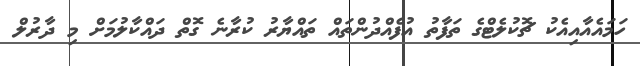
ހަމައެއާއިއެކު ޗޮކުލެޓްގެ ތަފާތު އުފެއްދުންތައް ތައްޔާރު ކުރާނެ ގޮތް ދައްކާލުމަށް މި ދާރުލް